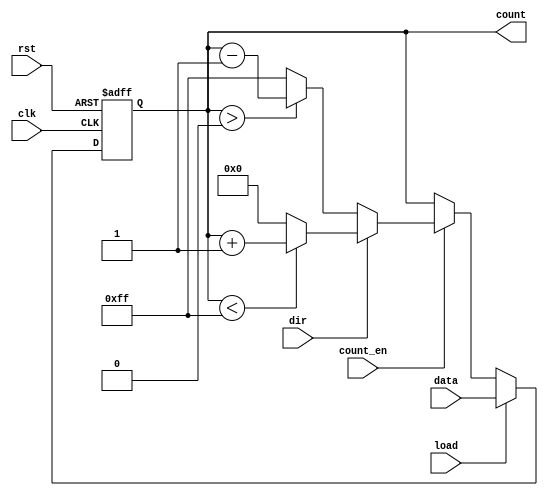
module loadable_counter (
    input wire clk,             // Clock signal
    input wire rst,             // Reset signal
    input wire load,            // Load signal
    input wire [7:0] data,      // Data input bus (8-bit)
    input wire count_en,        // Count enable signal
    input wire dir,             // Direction signal
    output reg [7:0] count      // Count output bus (8-bit)
);

    // Define the maximum and minimum values for an 8-bit counter
    localparam MAX_COUNT = 8'b11111111; // 255
    localparam MIN_COUNT = 8'b00000000; // 0

    always @(posedge clk or posedge rst) begin
        if (rst) begin
            count <= MIN_COUNT; // Reset the counter to 0
        end else if (load) begin
            count <= data; // Load the new value into the counter
        end else if (count_en) begin
            if (dir) begin
                // Count up
                if (count < MAX_COUNT) begin
                    count <= count + 1;
                end else begin
                    count <= MIN_COUNT; // Wrap around
                end
            end else begin
                // Count down
                if (count > MIN_COUNT) begin
                    count <= count - 1;
                end else begin
                    count <= MAX_COUNT; // Wrap around
                end
            end
        end
    end

endmodule